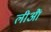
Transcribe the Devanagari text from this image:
लीआैं